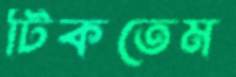
টিকতেম